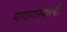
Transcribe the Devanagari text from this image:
मादागास्करची